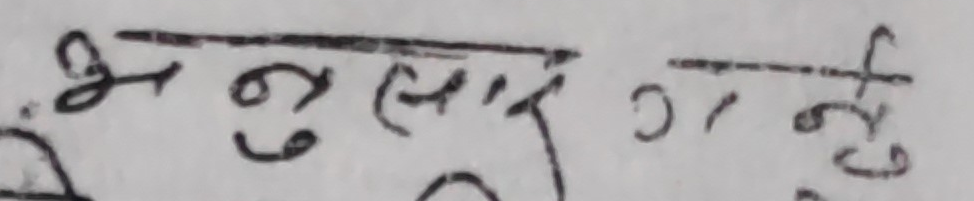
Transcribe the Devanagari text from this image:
अनुसार अनुसार